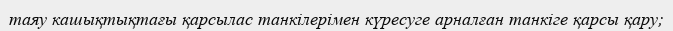
таяу кашықтықтағы қарсылас танкілерімен күресуге арналған танкіге қарсы қару;